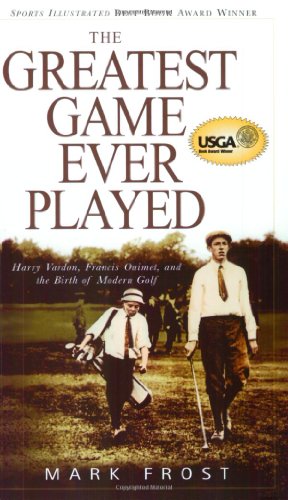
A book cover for The Greatest Game Ever Played: Harry Vardon, Francis Ouimet, and the Birth of Modern Golf; Mark Frost; Sports & Outdoors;